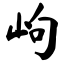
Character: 岣